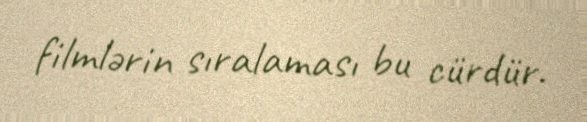
filmlərin sıralaması bu cürdür.